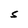
Character: S